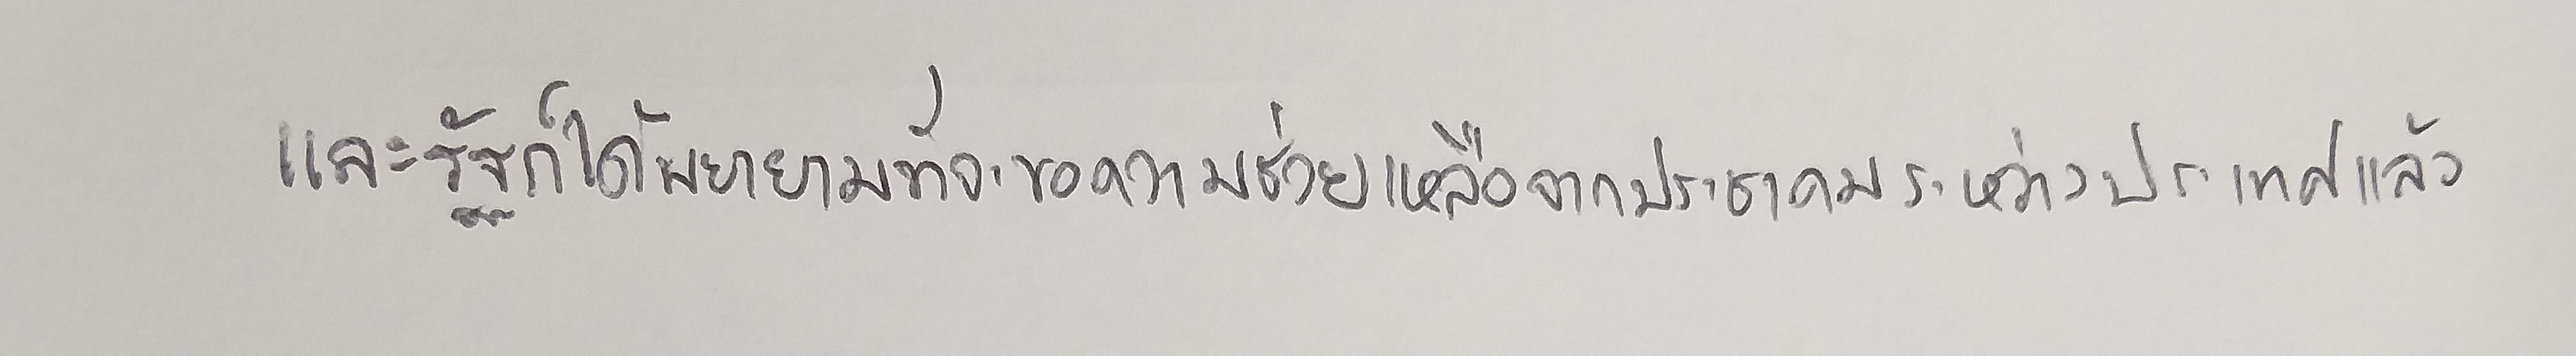
และรัฐก็ได้พยายามที่จะขอความช่วยเหลือจากประชาคมระหว่างประเทศแล้ว